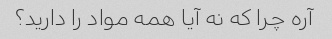
آره چرا که نه آیا همه مواد را دارید؟